Annual administration report of the Civil Veterinary Department of India - 1897-1898
Year: 1897
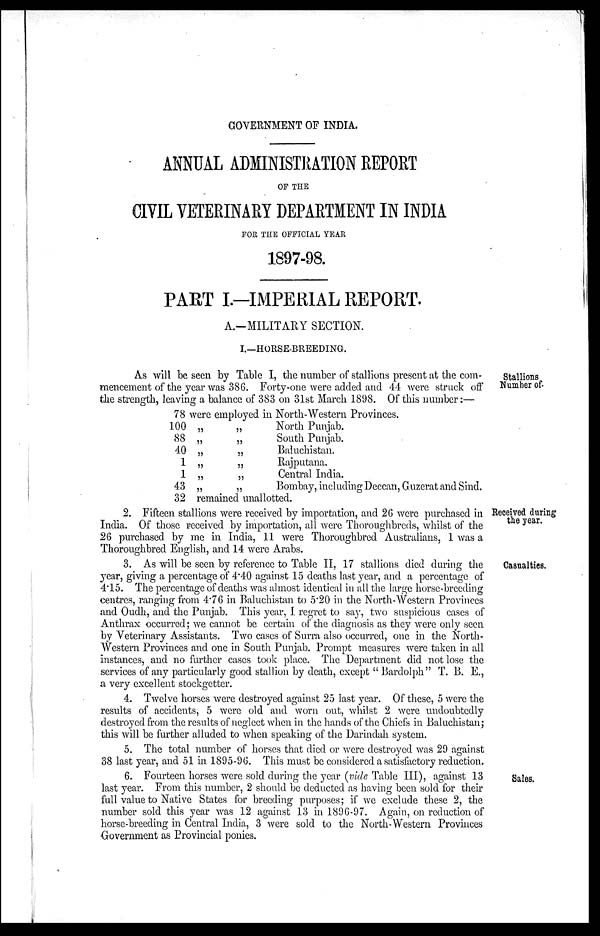
GOVERNMENT OF INDIA.
ANNUAL ADMINISTRATION REPORT
OF THE
CIVIL VETERINARY DEPARTMENT IN INDIA
FOR THE OFFICIAL YEAR
1897-98.
PART I.-IMPERIAL REPORT.
A.-MILITARY SECTION.
I.—HORSE-BREEDING.
Stallions
Number of.
As will be seen by Table I, the number of stallions present at the com-
mencement of the year was 386. Forty-one were added and 44 were struck off
the strength, leaving a balance of 383 on 31st March 1898. Of this number:—
78 were employed in North-Western Provinces.
100 „ „
88 „
„
40 „ „
1 „ „
1 „ „
43 „ „
North Punjab.
South Punjab.
Baluchistan.
Rajputana.
Central India.
Bombay, including Deccan, Guzerat and Sind,
32 remained unallotted.
Received during
the year.
2. Fifteen stallions were received by importation, and 26 were purchased in
India. Of those received by importation, all were Thoroughbreds, whilst of the
26 purchased by me in India, 11 were Thoroughbred Australians, 1 was a
Thoroughbred English, and 14 were Arabs.
Casualties.
3. As will be seen by reference to Table II, 17 stallions died during the
year, giving a percentage of 4.40 against 15 deaths last year, and a percentage of
4.15. The percentage of deaths was almost identical in all the large horse-breeding
centres, ranging from 4.76 in Baluchistan to 5.20 in the North-Western Provinces
and Oudh, and the Punjab. This year, I regret to say, two suspicious cases of
Anthrax occurred; we cannot be certain of the diagnosis as they were only seen
by Veterinary Assistants. Two cases of Surra also occurred, one in the North-
Western Provinces and one in South Punjab. Prompt measures were taken in all
instances, and no further cases took place. The Department did not lose the
services of any particularly good stallion by death, except " Bardolph" T. B. E.,
a very excellent stockgetter.
4. Twelve horses were destroyed against 25 last year. Of these, 5 were the
results of accidents, 5 were old and worn out, whilst 2 were undoubtedly
destroyed from the results of neglect when in the hands of the Chiefs in Baluchistan;
this will be further alluded to when speaking of the Darindah system.
5. The total number of horses that died or were destroyed was 29 against
38 last year, and 51 in 1895-96. This must be considered a satisfactory reduction.
Sales.
6. Fourteen horses were sold during the year (vide Table III), against 13
last year. From this number, 2 should be deducted as having been sold for their
full value to Native States for breeding purposes; if we exclude these 2, the
number sold this year was 12 against 13 in 1896-97. Again, on reduction of
horse-breeding in Central India, 3 were sold to the North-Western Provinces
Government as Provincial ponies.